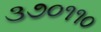
૩૭૦૧૧૦